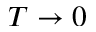
T \to 0